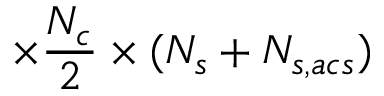
\times \frac { N _ { c } } { 2 } \times ( N _ { s } + N _ { s , a c s } )